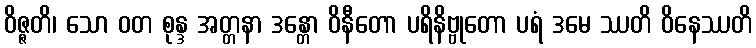
ဝိဇ္ဇတိ၊ သော ဝတ စုန္ဒ အတ္တနာ ဒန္တော ဝိနီတော ပရိနိဗ္ဗုတော ပရံ ဒမေ ဿတိ ဝိနေဿတိ